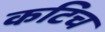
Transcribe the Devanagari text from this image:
कटिच